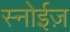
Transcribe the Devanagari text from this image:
स्नोईज़